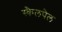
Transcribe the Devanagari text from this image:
स्कैलपेल